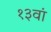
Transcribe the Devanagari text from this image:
१३वां